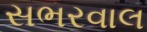
સભરવાલ